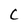
Character: C